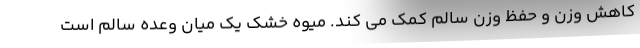
کاهش وزن و حفظ وزن سالم کمک می کند. میوه خشک یک میان وعده سالم است